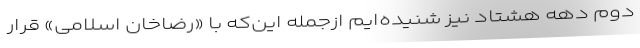
دوم دهه هشتاد نیز شنیده‌ایم ازجمله این‌که با «رضاخان اسلامی» قرار